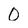
Character: 0